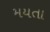
મયતા